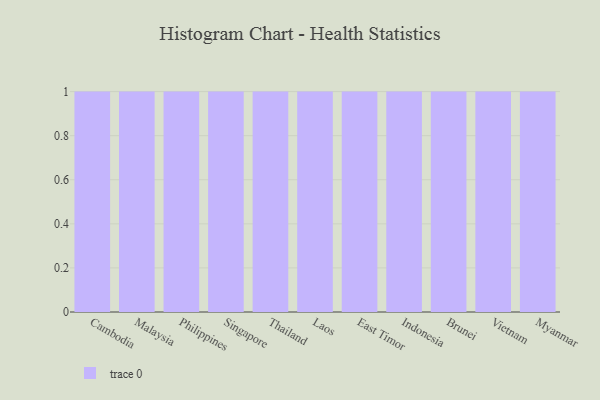
{"axis": {"x": "Country", "y": "Waste Production (Tons)"}, "legend": [""], "data": [{"x": "Cambodia", "y": 59, "type": ""}, {"x": "Malaysia", "y": 79, "type": ""}, {"x": "Philippines", "y": 79, "type": ""}, {"x": "Singapore", "y": 99, "type": ""}, {"x": "Thailand", "y": 77, "type": ""}, {"x": "Laos", "y": 72, "type": ""}, {"x": "East Timor", "y": 47, "type": ""}, {"x": "Indonesia", "y": 45, "type": ""}, {"x": "Brunei", "y": 40, "type": ""}, {"x": "Vietnam", "y": 92, "type": ""}, {"x": "Myanmar", "y": 74, "type": ""}]}